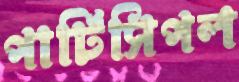
পার্টিসিপল